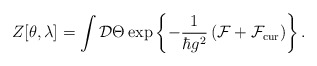
\begin{align*}Z[\theta,\lambda] = \int {\cal D}\Theta\exp\left\{-\frac{1}{\hbar g^2}\left({\cal F} + {\cal F}_{\rm cur}\right)\right\}.\end{align*}